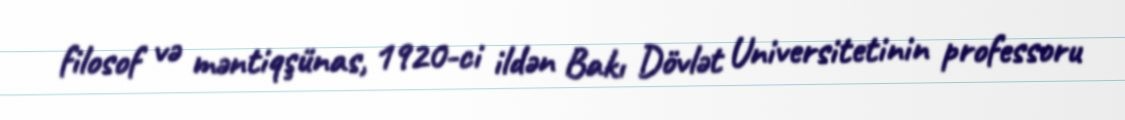
filosof və məntiqşünas, 1920-ci ildən Bakı Dövlət Universitetinin professoru